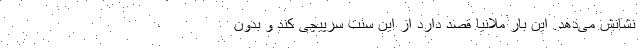
نشانش می‌دهد. این بار ملانیا قصد دارد از این سنت سرپیچی کند و بدون